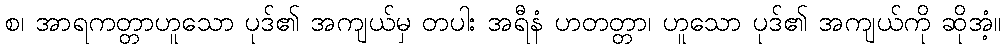
စ၊ အာရကတ္တာဟူသော ပုဒ်၏ အကျယ်မှ တပါး အရီနံ ဟတတ္တာ၊ ဟူသော ပုဒ်၏ အကျယ်ကို ဆိုအံ့။